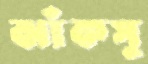
ঝাঁকসু